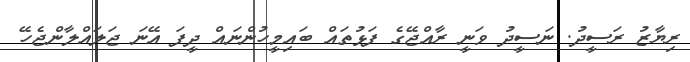
ރިޔާޒު ރަސީދު. ނަސީދު ވަނީ ރާއްޖޭގެ ފަޅުތައް ބައިމީހުންނައް ދީފަ އޭނަ ޖަލައްލާންޖެހޭ